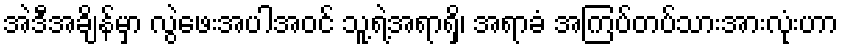
အဲဒီအချိန်မှာ လွဲဖေးအပါအဝင် သူ့ရဲ့အရာရှိ၊ အရာခံ အကြပ်တပ်သားအားလုံးဟာ